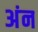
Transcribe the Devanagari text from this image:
अंन